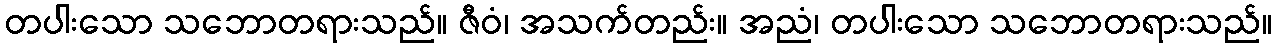
တပါးသော သဘောတရားသည်။ ဇီဝံ၊ အသက်တည်း။ အညံ၊ တပါးသော သဘောတရားသည်။